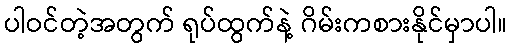
ပါဝင်တဲ့အတွက် ရုပ်ထွက်နဲ့ ဂိမ်းကစားနိုင်မှာပါ။